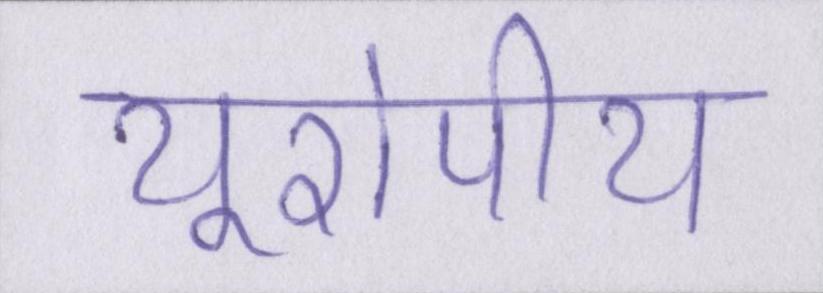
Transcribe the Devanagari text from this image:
यूरोपीय